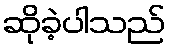
ဆိုခဲ့ပါသည်